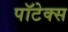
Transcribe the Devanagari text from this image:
पॉटेक्स